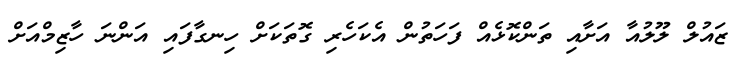
ޒައުލް ލޫލުއާ އަށާއި ތަންކޮޅެއް ފަހަތުން އެކަހެރި ގޮތަކަށް ހިނގާފައި އަންނަ ހާޒިމްއަށް